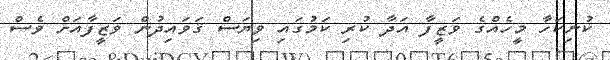
ކުނިކަހާ މީހެއްގެ ވަޒީފާ އަދާ ކުރި ކަމުގައި ވިޔަސް ޤަވައިދުން ވަޒީފާއަށް ވެސް